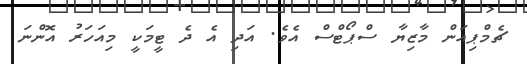
ޗެމްޕިއަން މާޒިޔާ ސްޕޯޓްސް އެވެ. އަދި އެ ދެ ޓީމަކީ މިއަހަރު އޮންނަ